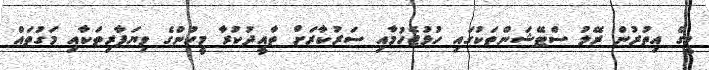
މީގެ އިތުރުން ރޭލު ސްޓޭޝަންތަކުގައި ހުޅުޖެހުމާއި ސަރުކާރަށް ތާއީދުކުރާ މީހުންގެ ވިޔަފާރިތަކާއި މަގުތައް